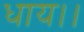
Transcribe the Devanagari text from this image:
धाय।।